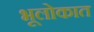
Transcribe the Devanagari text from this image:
भूलोकात